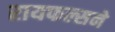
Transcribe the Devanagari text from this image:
रायफल्सने